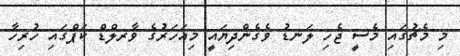
މި މެޗުގައި މެސީ ޖެހި ލަނޑު ވެގެންދިޔައީ މިއަހަރުގެ ވާރލްޑް ކަޕްގައި ހުރިހާ